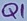
Text: Q1